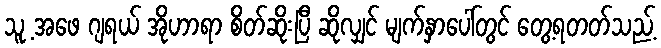
သူ့ အဖေ ဂျရယ် အိုဟာရာ စိတ်ဆိုးပြီ ဆိုလျှင် မျက်နှာပေါ်တွင် တွေ့ရတတ်သည့်